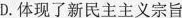
D.体现了新民主主义宗旨